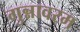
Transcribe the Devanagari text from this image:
गुन्नावरम